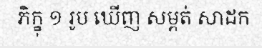
ភិក្ខុ ១ រូប ឃើញ សម្ពត់ សាដក